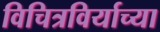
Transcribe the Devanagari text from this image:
विचित्रविर्याच्या